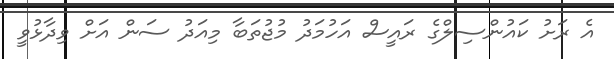
އެ ރަށު ކައުންސިލްގެ ރައީސް އަހުމަދު މުޖުތަބާ މިއަދު ސަން އަށް ވިދާޅުވީ